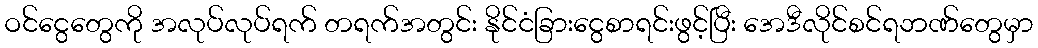
ဝင်ငွေတွေကို အလုပ်လုပ်ရက် တရက်အတွင်း နိုင်ငံခြားငွေစာရင်းဖွင့်ပြီး အေဒီလိုင်စင်ရဘဏ်တွေမှာ